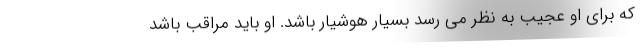
که برای او عجیب به نظر می رسد بسیار هوشیار باشد. او باید مراقب باشد